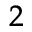
^ { 2 }